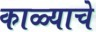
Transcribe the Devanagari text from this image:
काळ्याचे